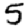
Digit: 5